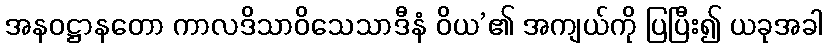
အနဝဋ္ဌာနတော ကာလဒိသာဝိသေသာဒီနံ ဝိယ’၏ အကျယ်ကို ပြပြီး၍ ယခုအခါ